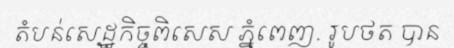
តំបន់សេដ្ឋកិច្ចពិសេស ភ្នំពេញ. រូបថត បាន